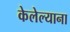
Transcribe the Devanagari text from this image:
केलेल्याना